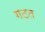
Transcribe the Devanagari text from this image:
गठत